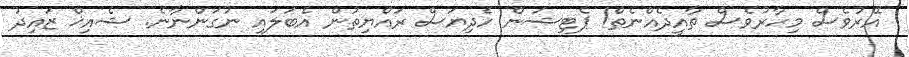
އޭރުވެސް މިހާރުވެސް ތާއީދެއްނެތް! ޕެޓިޝަން ހެދިޔަސް ރައްޔިތުން އެބަލައި ނުގަންނާނެ. ޝެއިޚް ޒައިދު